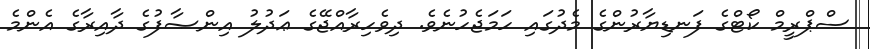
ސްޕްރީމް ކޯޓްގެ ފަނޑިޔާރުންގެ މެދުގައި ހަމަޖެހުނެވެ. ދިވެހިރާއްޖޭގެ ޢަދުލު އިންޞާފުގެ ދާއިރާގެ އެންމެ